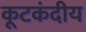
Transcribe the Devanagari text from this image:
कूटकंदीय